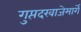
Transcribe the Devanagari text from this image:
गुप्तदरवाजेमार्गे